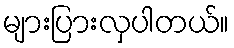
များပြားလှပါတယ်။